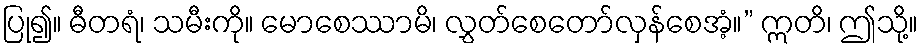
ပြု၍။ ဓီတရံ၊ သမီးကို။ မောစေဿာမိ၊ လွှတ်စေတော်လှန်စေအံ့။” ဣတိ၊ ဤသို့။